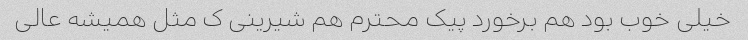
خیلی خوب بود هم برخورد پیک محترم هم شیرینی ک مثل همیشه عالی